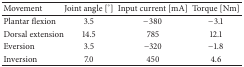
| Movement | Joint angle [°] | Input current [mA] | Torque [Nm] |
 | --- | --- | --- | --- |
 | Plantar flexion | 3.5 | −380 | −3.1 |
 | Dorsal extension | 14.5 | 785 | 12.1 |
 | Eversion | 3.5 | −320 | −1.8 |
 | Inversion | 7.0 | 450 | 4.6 |